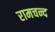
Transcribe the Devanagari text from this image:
रामचन्द